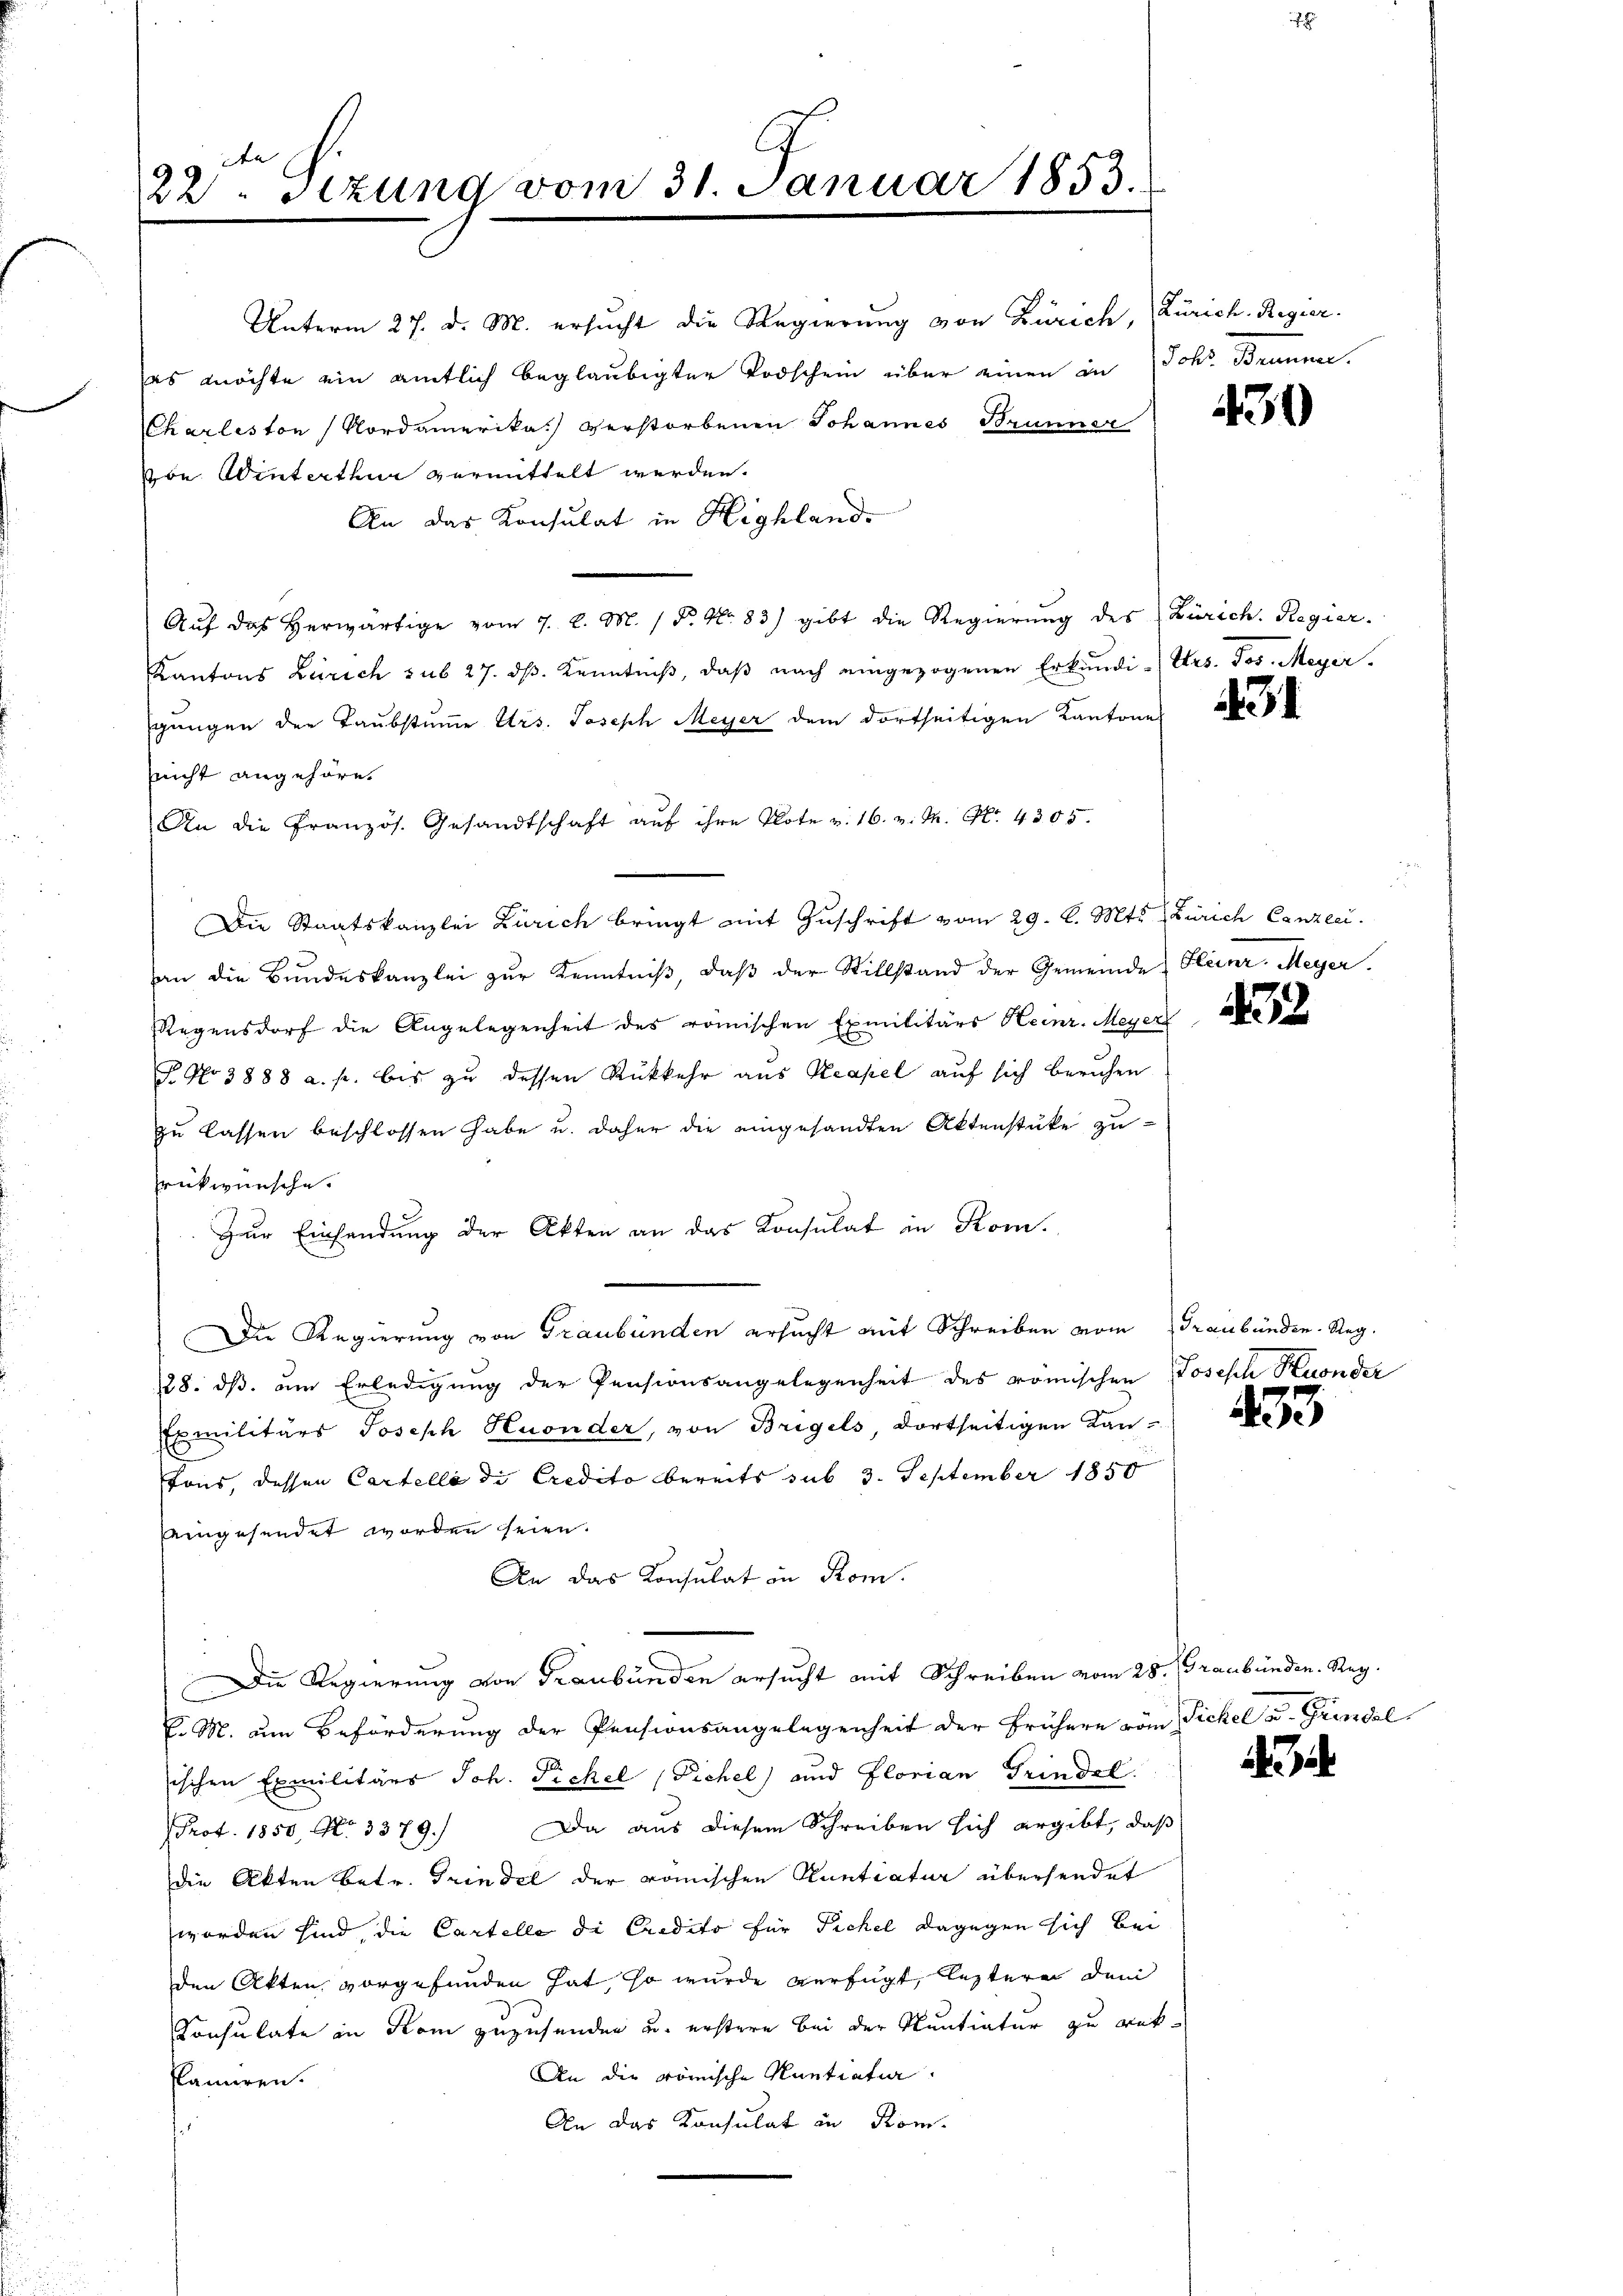
22 Stzung vom 31. Januar 1853.

Unterm 27. d. M. ersucht die Regierung von Zürich,
es möchte ein amtlich beglaubigter Todschein über einen in Joh. Brunner.
CCharleston Nordamerika verstorbenen Johannes Brunner
von Winterthur vermittelt werden.
An das Konsulat in Highland.
Aŭf das herwärtige vom 7. d. M. / P. Nr. 83) gibt die Regierung des Zürich. Regier
Kantons Zürich sub 27. dβ Kenntniβ, daβ nach eingezogenen Erkŭndi-Urs. Jos. Meyer.
gungen der Taubstume Urs. Joseph Meyer dem dortseitigen Kantone
nicht angehöre.
An die Französ. Gesandtschaft aŭf ihre Klote v. 16. v. M. No. 4305.
Die Staatskanzlei Zürich bringt mit Zuschrift vom 29. l. Mts. Zürich Canzlei.
an die Bŭndeskanzlei zŭr Kenntniβ, daβ der Stillstand der Gemeinde Heinr. Meyer.
Regensdorf die Angelegenheit des römischen Exmilitärs Heinr. Meyer
§ No 3888 a. p. bis zu dessen Rükkehr aus Reapel auf sich beruhen
zu lassen beschlossen habe u. daher die eingesandten Aktenstüke zu-
rükwünsche.
Zur Einsendung der Akten an das Konsulat in Kom.
Die Regierung von Graubünden ersucht mit Schreiben vom Graubünden Reg.
28. dβ. um Erledigung der Pensionsangelegenheit des römischen Joseph Kuonder
Exmilitärs Joseph Huonder, von Bregels dortseitigen Kan-
Tons, dessen Cartelle die Credito bereits sub 3. September 1850
eingesendet worden seien.
An das Konsulat in Rom.
Die Regierung von Graubünden ersucht mit Schreiben vom 28. Graubünden. Reg.
E. M. um Beförderung der Pensionsangelegenheit der frühere vom Pickel v. Grindel
sischen Exmilitärs Joh. Fickel (Fichel und Florian Grindel.
Prot. 1850, No. 3379.) Da aus diesem Schreiben sich ergibt, daß
die Akten betr. Grindel der römischen Kantiatur übersendet
worden sind, die Cartelle di Credito für Sichel dagegen sich bei
den Akten vorgefunden hat, so wurde verfügt, leztere dem
Consulate in Rom zuzusenden u. erstern bei der Sentiatur zu rek¬
An die römische Rentiation
Pamiren.
An das Konsulat in Kom-

Zürich. Regier.

430

34

22

23